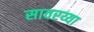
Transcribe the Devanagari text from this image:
सावरय्या